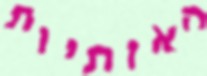
האותיות